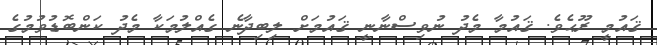
ޤައުމީ ރޫޙެވެ. ޤައުމާ މެދު ނުވިސްނާނީ ޤައުމަށް ލިބިދާނެ ގެއްލުމަކާ މެދު ކަންބޮޑުވުމުގެ